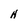
Character: N